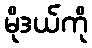
မိုဒယ်ကို